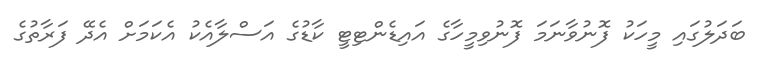
ބަދަލުގައި މީހަކު ފޮނުވާނަމަ ފޮނުވިމީހާގެ އައިޑެންޓިޓީ ކާޑުގެ އަސްލާއެކު އެކަމަށް އެދޭ ފަރާތުގެ